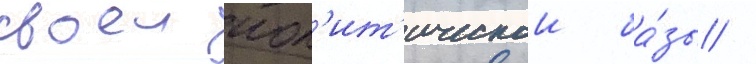
своеи пол'ит'ическои ба́зы /